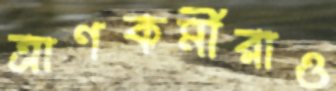
ত্রাণকর্মীরাও